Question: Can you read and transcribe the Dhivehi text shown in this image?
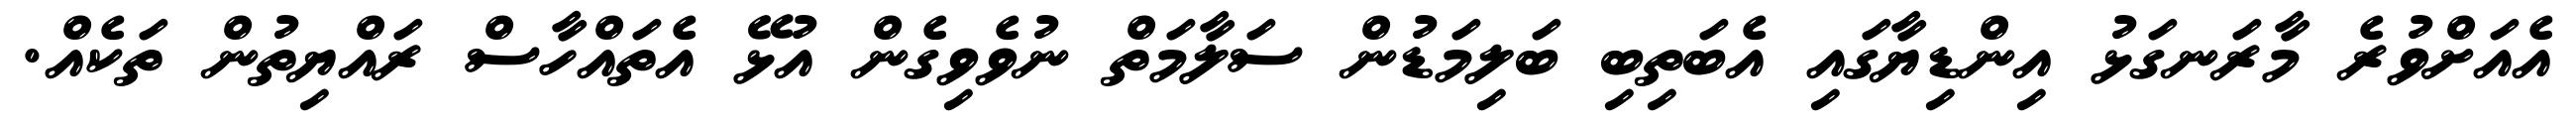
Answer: އެއަށްވުރެ މާރަނގަޅު އިންޑިޔާގައި އެބަތިބި ބަލިމަޑުން ސަލާމަތް ނުވެވިގެން އުޅޭ އެތައްހާސް ރައްޔިތުން ތަކެއް.